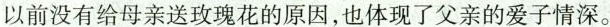
以前没有给母亲送玫瑰花的原因,也体现了父亲的爱子情深。